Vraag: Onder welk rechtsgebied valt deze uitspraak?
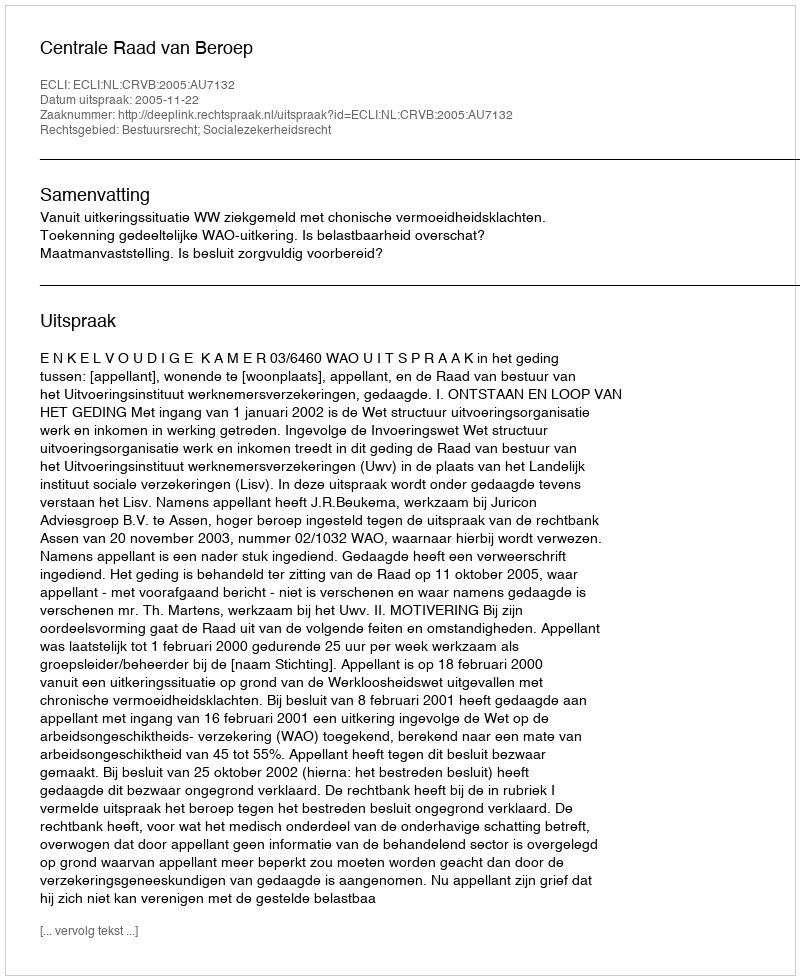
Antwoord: Bestuursrecht; Socialezekerheidsrecht